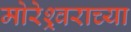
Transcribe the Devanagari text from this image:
मोरेश्र्वराच्या